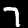
Digit: 7